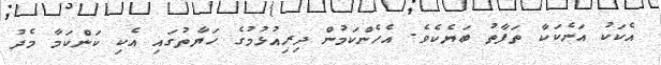
އެކަކު އަނެކަކާ ތަފާތު ބަޔެކެވެ. އެހެންކަމުން ދިރިއުޅުމުގެ ހަޔާތުގައި އެކި ކަންކަމާ މެދު